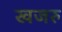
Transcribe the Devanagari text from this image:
खजरु